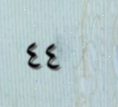
٤٤